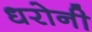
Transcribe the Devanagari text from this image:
धरोनी